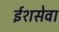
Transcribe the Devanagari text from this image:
ईशसेवा